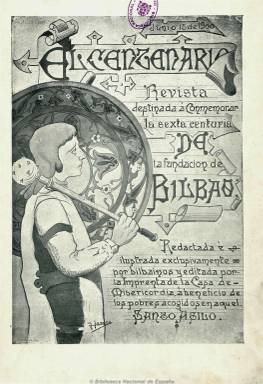
Título: El Centenario (Bilbao)
Colección: Revistas de información general
Ámbito geográfico: Vizcaya
Lugar de publicación: Bilbao
Fechas: 01/06/1900-31/08/1900

Subtitulada como “revista bilbaína ilustrada”, apareció en 1900 para la conmemoración del sexto centenario de la fundación de Bilbao, redactada e ilustrada exclusivamente por bilbaínos y editada por la Imprenta de la Casa de Misericordia en beneficio de los pobre acogidos a este asilo, tal como se hace mención en la propia cabecera, pero también surge de un grupo de bilbaínos insatisfechos con las modestas manifestaciones públicas organizadas por el ayuntamiento para tal conmemoración. En ella aparecerán artículos de historia, costumbres y literarios, principalmente desde posiciones tradicionales católicas y del denominado bilbainismo “neto”, firmados por, entre otros, Antonio de Arluciaga, Emiliano de Arriaga, Arístides de Ariñano y un grupo de presbíteros, en donde Miguel de Unamuno escribirá también el suyo. Insertó fotografías y grabados. Con carácter mensual, se publicaron sólo tres números, cuya edición facsímil publicó en 1996 el Ayuntamiento de Bilbao, con una introducción de Joseba Agirreazkuenaga.